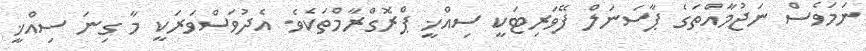
ނަމަވެސް ނަޖުމާއްތަގެ ޕާސަނަލް ފޭވަރިޓަކީ ސިއްޚީ ޕްރޮގްރާމްތަކެވެ. އެދުވަސްވަރަކީ މާ ގިނަ ސިއްޚީ